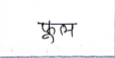
मजकूर: फूल